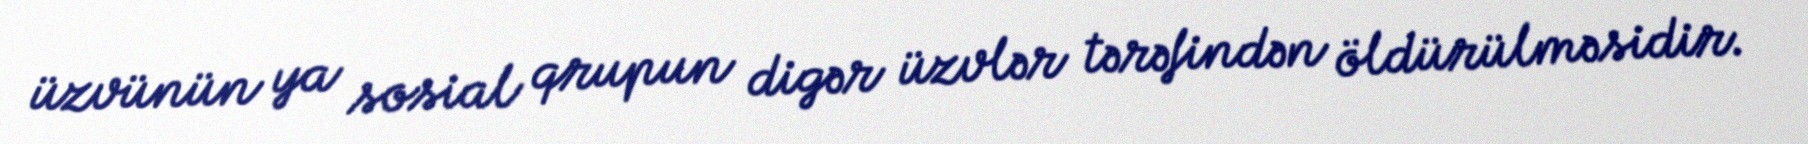
üzvünün ya sosial qrupun digər üzvlər tərəfindən öldürülməsidir.